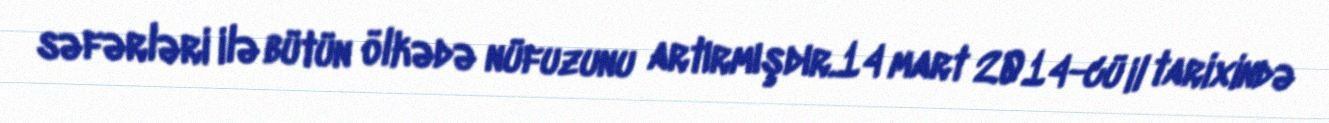
səfərləri ilə bütün ölkədə nüfuzunu artırmışdır.14 mart 2014-cü il tarixində